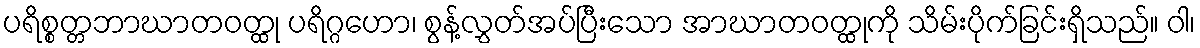
ပရိစ္စတ္တဘာဃာတဝတ္ထု ပရိဂ္ဂဟော၊ စွန့်လွှတ်အပ်ပြီးသော အာဃာတဝတ္ထုကို သိမ်းပိုက်ခြင်းရှိသည်။ ဝါ၊